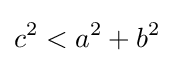
c^{2}<a^{2}+b^{2}